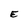
Character: E